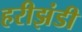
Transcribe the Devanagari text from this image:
हरीझंडी